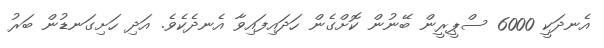
އެނދަކީ 6000 ސްޕީރީން ބޭނުން ކޮށްގެން ހަދައިފައިވާ އެނދެކެވެ. އަދި ހަށިގަނޑުން ބަރު